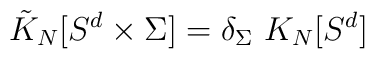
\tilde{K}_N[S^d\times\Sigma ]=\delta_\Sigma ~K_N[S^d]